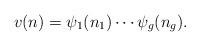
LaTeX: \begin{align*}v(n) = \psi_1(n_1) \cdots \psi_g(n_g).\end{align*}